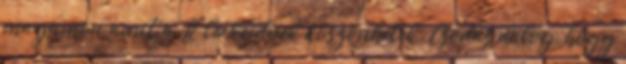
magamon amit a TE leckéidnek köszönhetek. Csodás dolog, hogy